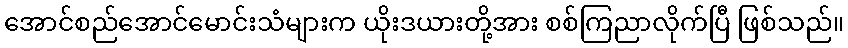
အောင်စည်အောင်မောင်းသံများက ယိုးဒယားတို့အား စစ်ကြညာလိုက်ပြီ ဖြစ်သည်။